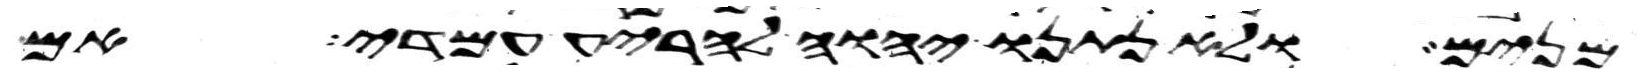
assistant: מנים ולא נתנו יהוה להריע עמדי אם